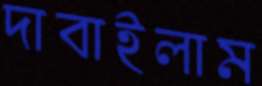
দাবাইলাম